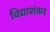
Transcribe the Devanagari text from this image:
विद्याशंकर